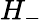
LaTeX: H_{-}